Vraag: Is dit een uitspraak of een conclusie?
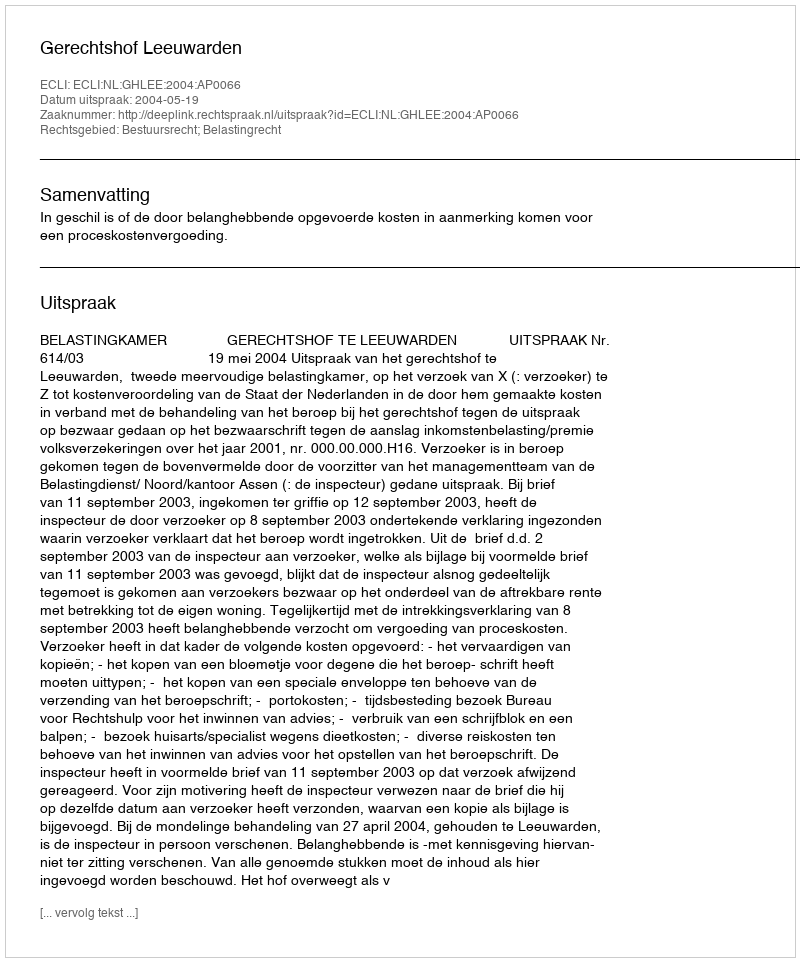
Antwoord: Uitspraak